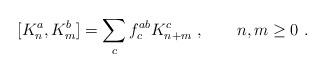
LaTeX: \begin{align*}[K_n^a,K_m^b] = \sum_c f^{ab}_c K_{n+m}^c\ ,\qquad n,m\ge 0\ .\end{align*}